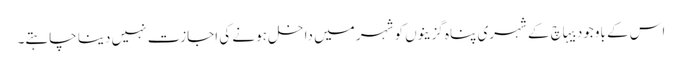
اس کے باوجود بیہاچ کے شہری پناہ گزینوں کو شہر میں داخل ہونے کی اجازت نہیں دینا چاہتے۔